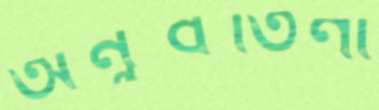
অনুবর্তিণী